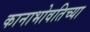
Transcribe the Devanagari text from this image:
कानाभोवतिच्या